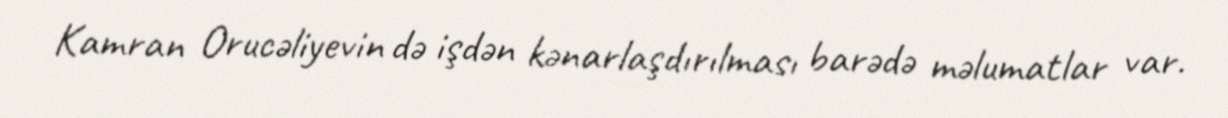
Kamran Orucəliyevin də işdən kənarlaşdırılması barədə məlumatlar var.